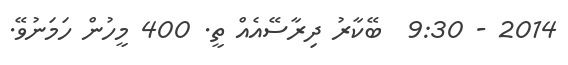
2014 - 9:30  ބޭކާރު ދިރާސޭއެއް ތީ. 400 މީހުން ހަމަނުވޭ.